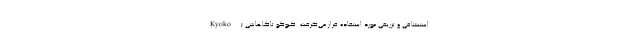
استنشاقی و تزریقی مورد استفاده قرار می‌گرفت. کیوکو تاکاهاشی (Kyoko